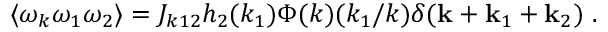
\langle \omega \sb k \omega \sb 1 \omega \sb 2 \rangle = J _ { k 1 2 } h _ { 2 } ( k _ { 1 } ) \Phi ( k ) ( k \sb 1 / k ) \delta ( { \bf k } + { \bf k } \sb 1 + { \bf k } \sb 2 ) \ .